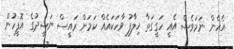
އެހެން ނަމަވެސް އެއީ ހަގީގަތާ ޚިލާފު ވާހަކައެއް ކަމަށް ރައީސް ނަޝީދުގެ އޮފީހުން